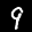
Label: 9